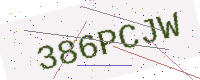
Text: 386PCJW